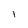
Character: 1